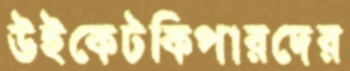
উইকেটকিপারদের